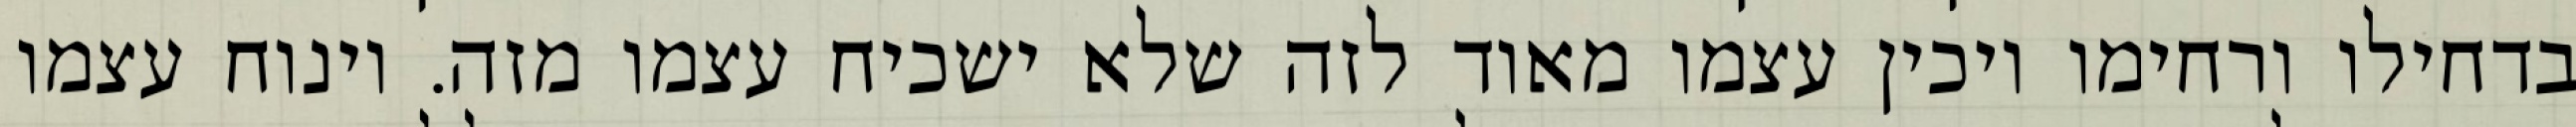
בדחילו ורחימו ויכין עצמו מאוד לזה שלא ישכיח עצמו מזה. וינוח עצמו